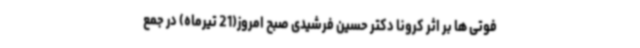
فوتی ها بر اثر کرونا دکتر حسین فرشیدی صبح امروز(21 تیرماه) در جمع